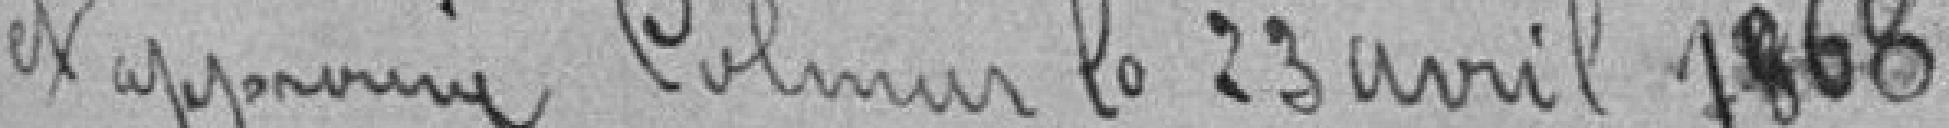
Lu et approuvé le 23 avril 1868